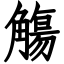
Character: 觴